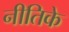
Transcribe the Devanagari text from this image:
नीतिके